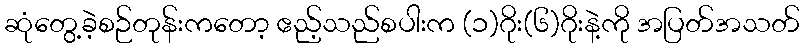
ဆုံတွေ့ခဲ့စဉ်တုန်းကတော့ ဧည့်သည်စပါးက (၁)ဂိုး(၆)ဂိုးနဲ့ကို အပြတ်အသတ်